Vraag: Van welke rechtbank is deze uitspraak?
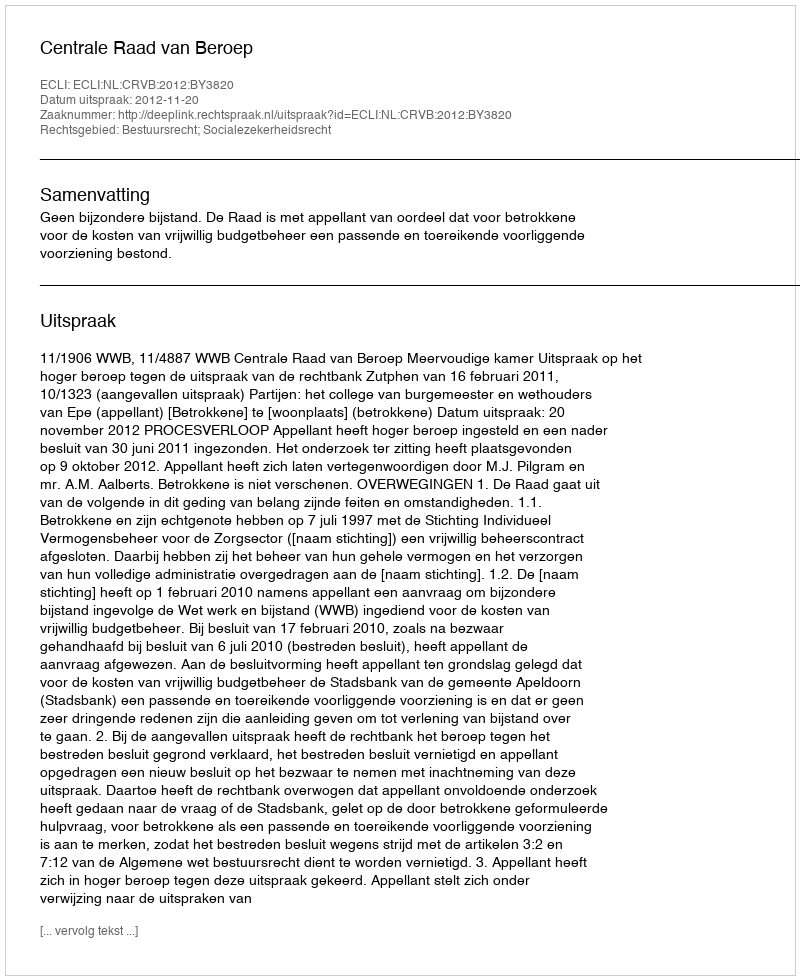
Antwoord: Centrale Raad van Beroep